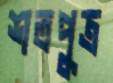
শতপুত্র